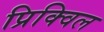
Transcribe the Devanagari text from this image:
प्रिक्विल